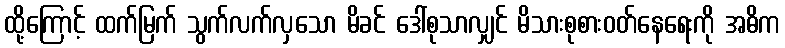
ထို့ကြောင့် ထက်မြက် သွက်လက်လှသော မိခင် ဒေါ်စုသာလျှင် မိသားစုစားဝတ်နေရေးကို အဓိက